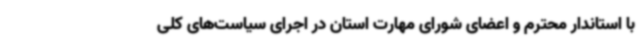
با استاندار محترم و اعضای شورای مهارت استان در اجرای سیاست‌های کلی